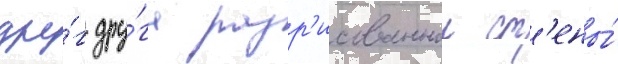
дру́г дру́га разр'исованнои ст'ены́